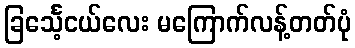
ခြင်္သေ့ငယ်လေး မကြောက်လန့်တတ်ပုံ